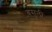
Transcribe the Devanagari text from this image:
बसुली